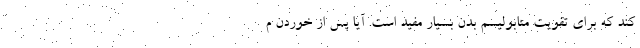
کند که برای تقویت متابولیسم بدن بسیار مفید است. آیا پس از خوردن م